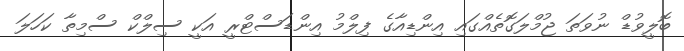
ބޮލީވުޑް ނުވަތަ ޖުމްލަގޮތެއްގައި އިންޑިއާގެ ފިލްމު އިންޑަސްޓްރީ އަކީ ސިލްކް ސްމިތާ ކަހަލަ